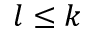
l \leq k